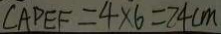
\angle A D E F = 4 \times 6 = 2 4 c m